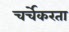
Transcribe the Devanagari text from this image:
चर्चेकरता